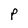
Character: p